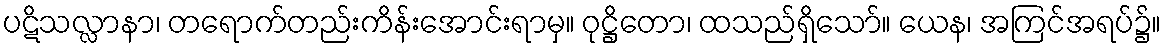
ပဋိသလ္လာနာ၊ တရောက်တည်းကိန်းအောင်းရာမှ။ ဝုဋ္ဌိတော၊ ထသည်ရှိသော်။ ယေန၊ အကြင်အရပ်၌။